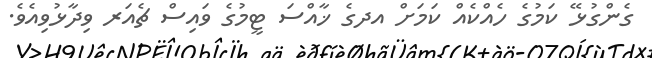
ގެންގުޅޭ ކަމުގެ ހެއްކެއް ކަމަށް އދގެ ޚާއްސަ ޓީމުގެ ވައިސް ޗެއަރ ވިދާޅުވިއެވެ.